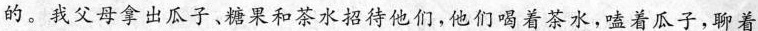
的。我父母拿出瓜子、糖果和茶水招待他们,他们喝着茶水,嗑着瓜子,聊着